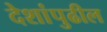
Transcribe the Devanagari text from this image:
देशांपुढील